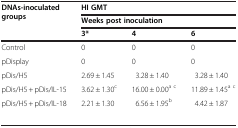
<table><thead><tr><td rowspan="3"><b>DNAs-inoculated groups</b></td><td colspan="3"><b>HI GMT</b></td></tr><tr><td colspan="3"><b>Weeks post inoculation</b></td></tr><tr><td><b>3*</b></td><td><b>4</b></td><td><b>6</b></td></tr></thead><tbody><tr><td>Control</td><td>0</td><td>0</td><td>0</td></tr><tr><td>pDisplay</td><td>0</td><td>0</td><td>0</td></tr><tr><td>pDis/H5</td><td>2.69 ± 1.45</td><td>3.28 ± 1.40</td><td>3.28 ± 1.40</td></tr><tr><td>pDis/H5 + pDis/IL-15</td><td>3.62 ± 1.30<sup>c</sup></td><td>16.00 ± 0.00<sup>a c</sup></td><td>11.89 ± 1.45<sup>a c</sup></td></tr><tr><td>pDis/H5 + pDis/IL-18</td><td>2.21 ± 1.30</td><td>6.56 ± 1.95<sup>b</sup></td><td>4.42 ± 1.87</td></tr><tr><td> </td><td> </td><td> </td><td> </td></tr></tbody></table>